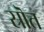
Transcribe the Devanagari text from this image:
स्रॊत